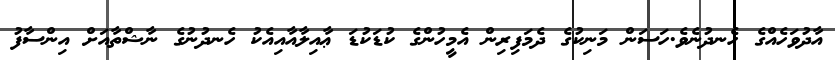
އާދުވަހެއްްގެ ހެނދުނެވެ.ހަސަން މަނިކުގެ ދެމަފިރިން އެމީހުންގެ ކުޑަކުޑަ ޢާއިލާއާއިއެކު ހެނދުނުގެ ނާޝްތާއަށް އިންސާފު